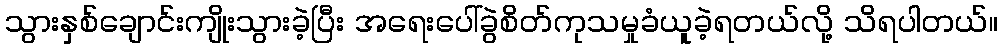
သွားနှစ်ချောင်းကျိုးသွားခဲ့ပြီး အရေးပေါ်ခွဲစိတ်ကုသမှုခံယူခဲ့ရတယ်လို့ သိရပါတယ်။